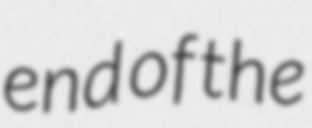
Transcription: end of the